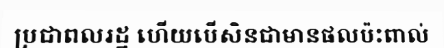
ប្រជាពលរដ្ឋ ហើយបើសិនជាមានផលប៉ះពាល់